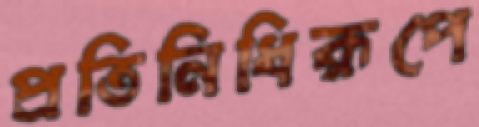
প্রতিনিধিরূপে